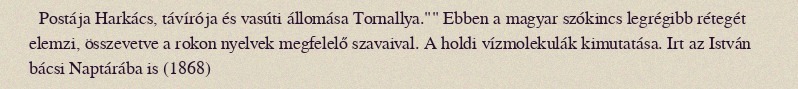
Postája Harkács, távírója és vasúti állomása Tornallya."" Ebben a magyar szókincs legrégibb rétegét elemzi, összevetve a rokon nyelvek megfelelő szavaival. A holdi vízmolekulák kimutatása. Irt az István bácsi Naptárába is (1868)